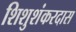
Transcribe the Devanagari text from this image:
शिशुशंकरदास